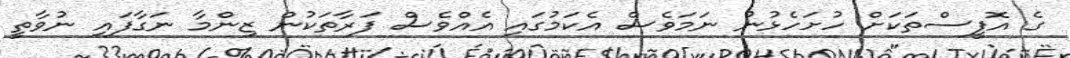
ގެ އޮފީސްތަކަށް ހުށަހެޅުނު ނަމަވެސް އެކަމުގައި އެއްވެސް ފަރާތަކުން ޒިންމާ ނަގާފައި ނުވާތީ